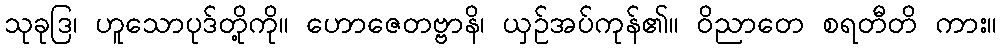
သုခုဒြ၊ ဟူသောပုဒ်တို့ကို။ ဟောဇေတဗ္ဗာနိ၊ ယှဉ်အပ်ကုန်၏။ ဝိညာတေ စရတီတိ ကား။